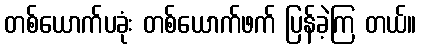
တစ်ယောက်ပခုံး တစ်ယောက်ဖက် ပြန်ခဲ့ကြ တယ်။